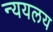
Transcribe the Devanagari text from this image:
न्ययलय